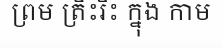
ព្រម ត្រិះរិះ ក្នុង កាម